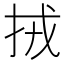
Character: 𢫨